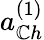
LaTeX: a_{\mathbb{C}h}^{(1)}